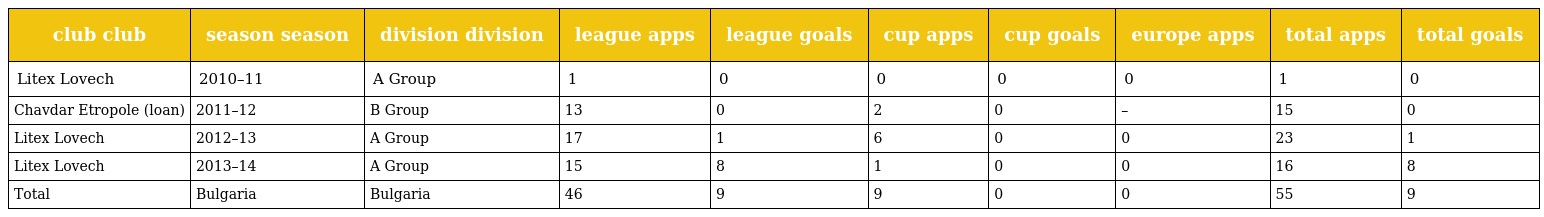
| club club | season season | division division | league apps | league goals | cup apps | cup goals | europe apps | total apps | total goals |
 | --- | --- | --- | --- | --- | --- | --- | --- | --- | --- |
 | Litex Lovech | 2010–11 | A Group | 1 | 0 | 0 | 0 | 0 | 1 | 0 |
 | Chavdar Etropole (loan) | 2011–12 | B Group | 13 | 0 | 2 | 0 | – | 15 | 0 |
 | Litex Lovech | 2012–13 | A Group | 17 | 1 | 6 | 0 | 0 | 23 | 1 |
 | Litex Lovech | 2013–14 | A Group | 15 | 8 | 1 | 0 | 0 | 16 | 8 |
 | Total | Bulgaria | Bulgaria | 46 | 9 | 9 | 0 | 0 | 55 | 9 |